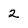
Character: 2